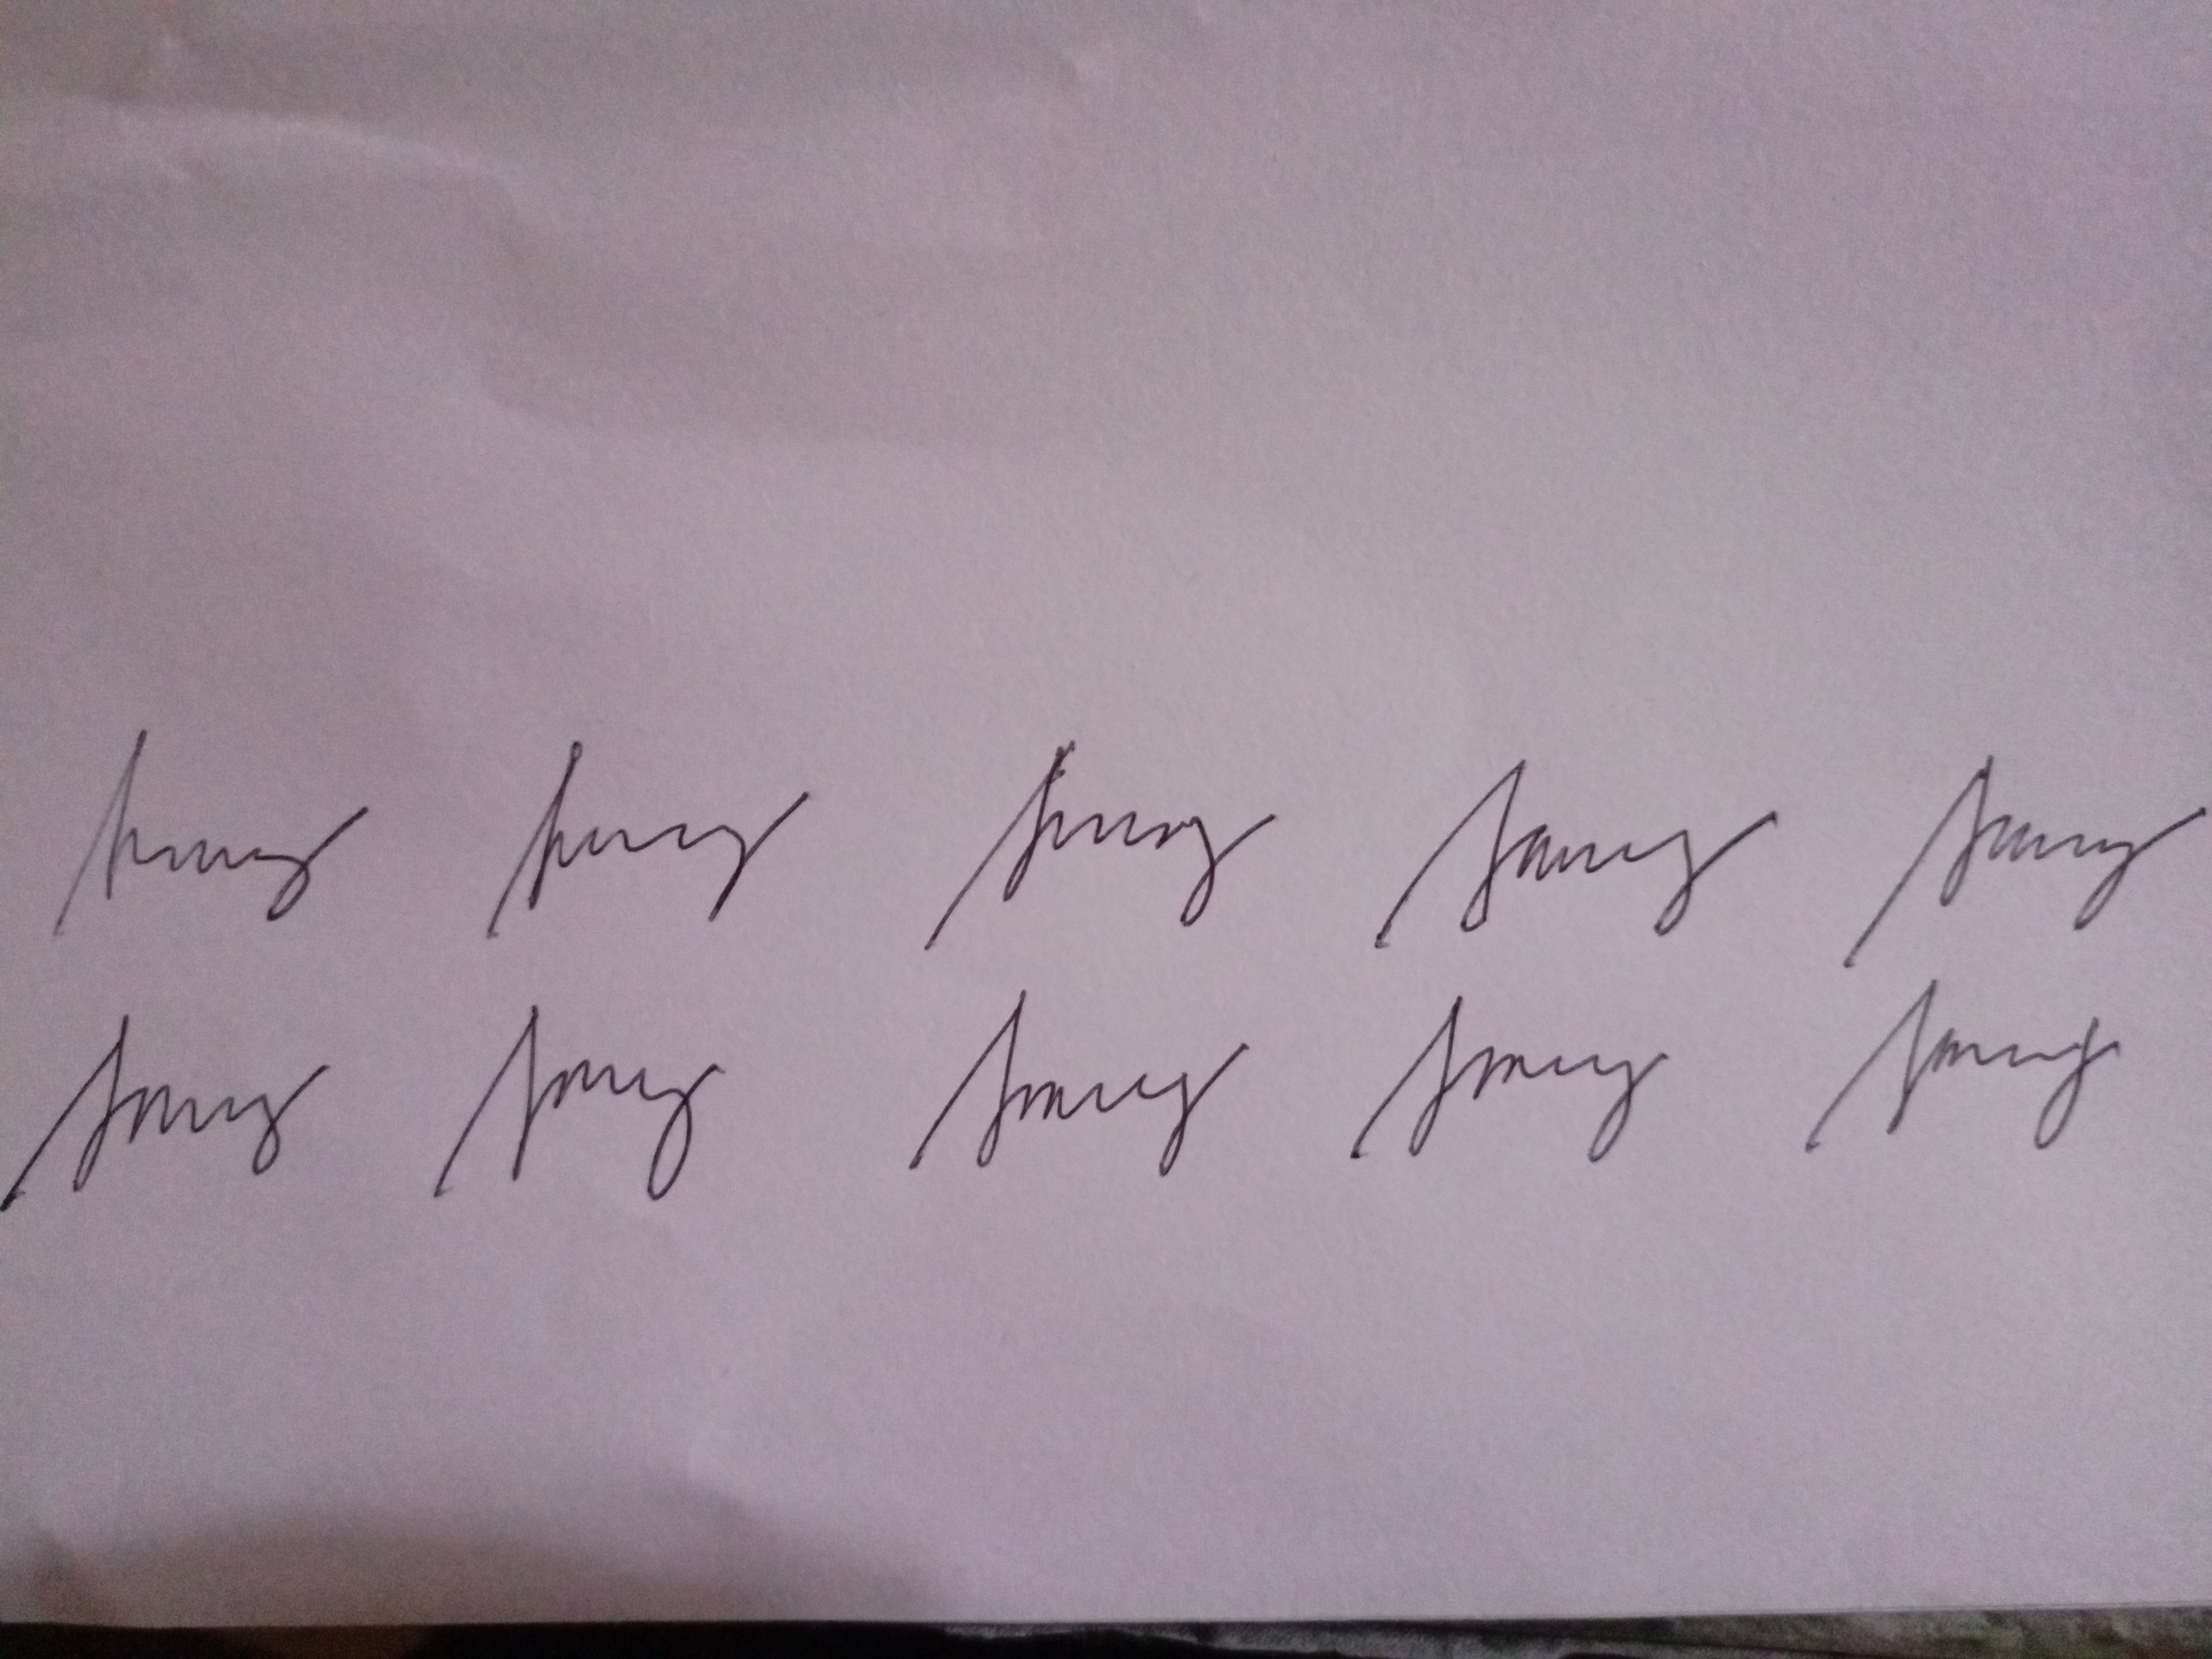
Signature authenticity: genuine